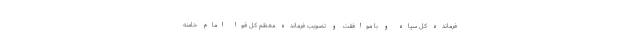
فرمانده کل سپاه و با موافقت و تصویب فرمانده معظم کل قوا امام خامنه